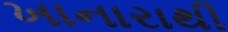
ખાનારાથી